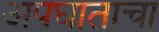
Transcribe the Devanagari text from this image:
अपघाताचा